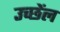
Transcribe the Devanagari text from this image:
उच्छेंल